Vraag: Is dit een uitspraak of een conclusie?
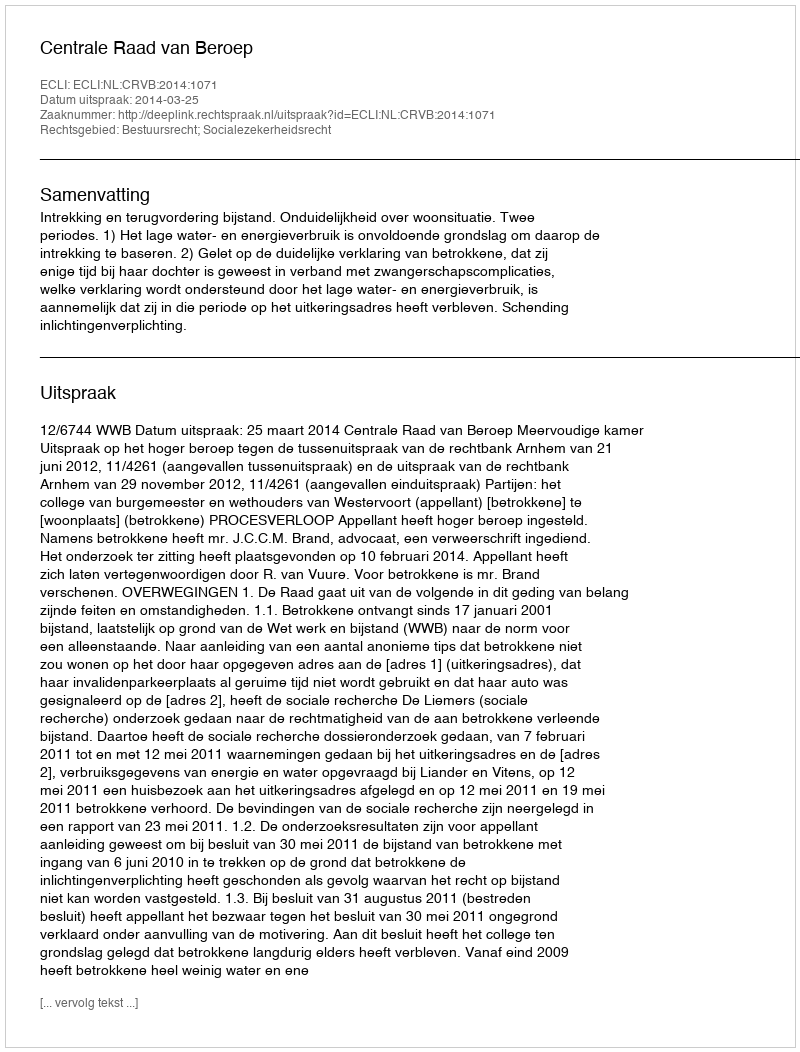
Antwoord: Uitspraak